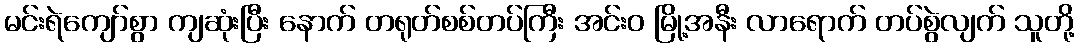
မင်းရဲကျော်စွာ ကျဆုံးပြီး နောက် တရုတ်စစ်တပ်ကြီး အင်းဝ မြို့အနီး လာရောက် တပ်စွဲလျက် သူတို့